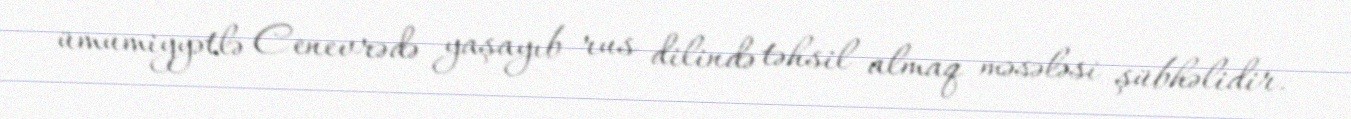
ümumiyyətlə Cenevrədə yaşayıb rus dilində təhsil almaq məsələsi şübhəlidir.